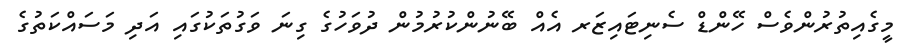
މީގެއިތުރުންވެސް ހޭންޑް ސެނިޓައިޒަރ އެއް ބޭނުންކުރުމުން ދުވަހުގެ ގިނަ ވަގުތަކުގައި އަދި މަސައްކަތުގެ